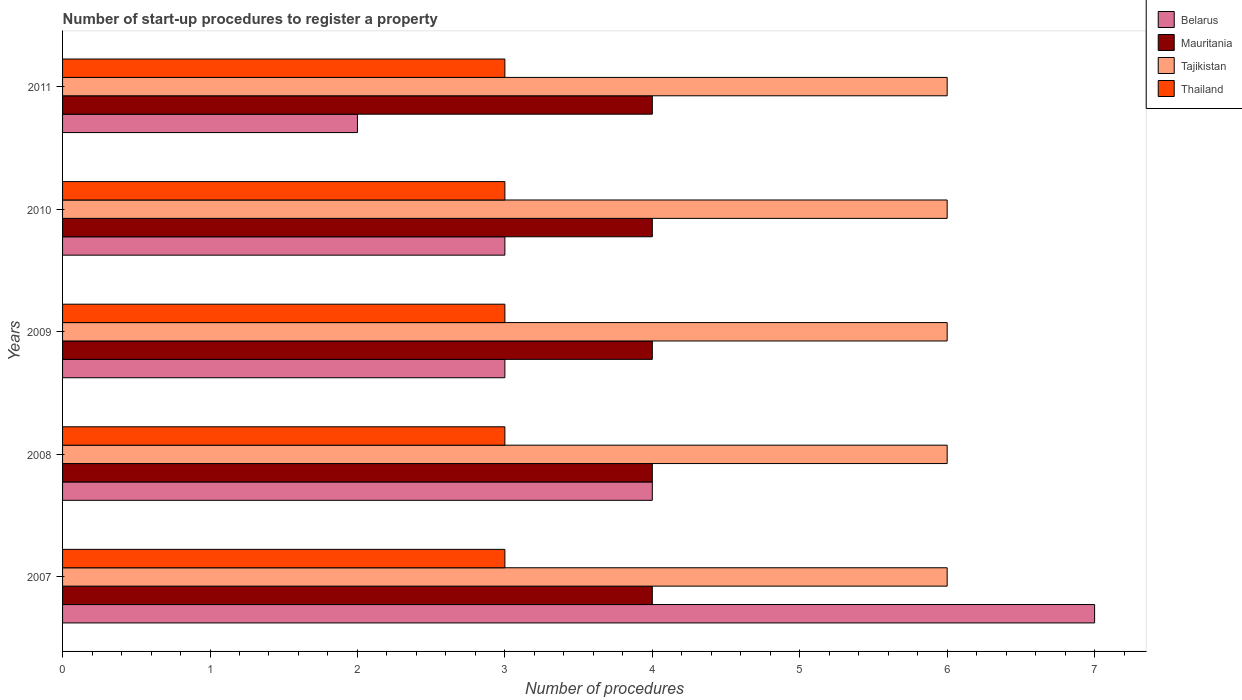
| Years | Belarus | Mauritania | Tajikistan | Thailand |
 | --- | --- | --- | --- | --- |
 | 2007 | 7 | 4 | 6 | 3 |
 | 2008 | 4 | 4 | 6 | 3 |
 | 2009 | 3 | 4 | 6 | 3 |
 | 2010 | 3 | 4 | 6 | 3 |
 | 2011 | 2 | 4 | 6 | 3 |